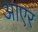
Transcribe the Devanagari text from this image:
आएर